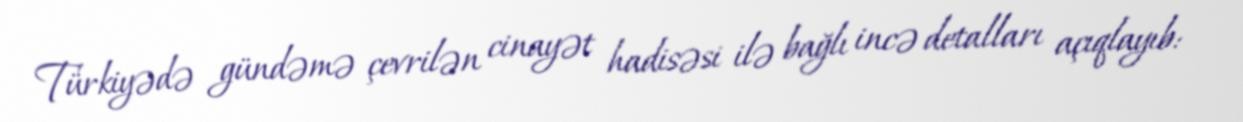
Türkiyədə gündəmə çevrilən cinayət hadisəsi ilə bağlı incə detalları açıqlayıb: